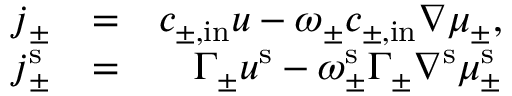
\begin{array} { r l r } { \boldsymbol { j } _ { \pm } } & { = } & { c _ { \pm , \mathrm { i n } } \boldsymbol { u } - \omega _ { \pm } c _ { \pm , \mathrm { i n } } \nabla \mu _ { \pm } , } \\ { \boldsymbol { j } _ { \pm } ^ { \mathrm { s } } } & { = } & { \Gamma _ { \pm } \boldsymbol { u } ^ { \mathrm { s } } - \omega _ { \pm } ^ { \mathrm { s } } \Gamma _ { \pm } \nabla ^ { \mathrm { s } } \mu _ { \pm } ^ { \mathrm { s } } } \end{array}